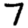
Digit: 7